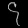
Digit: ၄